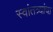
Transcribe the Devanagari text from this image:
स्वांतत्र्यांचा